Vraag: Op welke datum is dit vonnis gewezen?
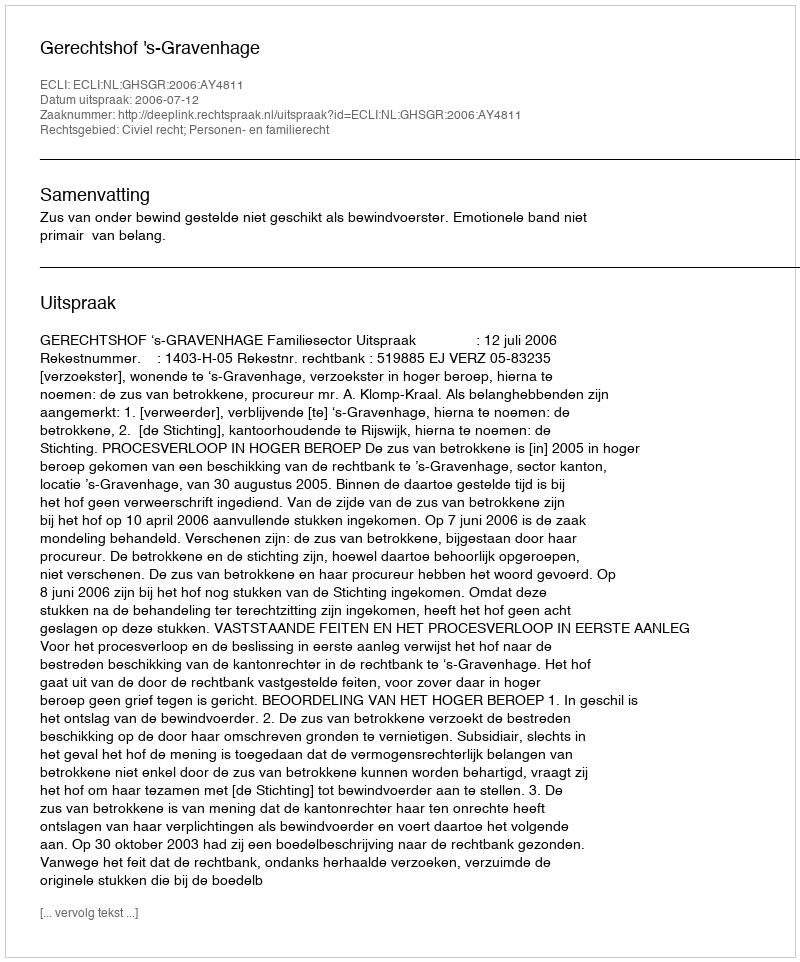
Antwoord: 2006-07-12